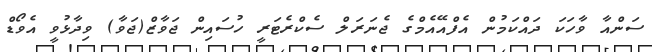
ސަންއާ ވާހަކަ ދައްކަމުން އެފްއޭއެމްގެ ޖެނަރަލް ސެކްރެޓަރީ ހުސައިން ޖަވާޒް(ޖަވާ) ވިދާޅުވީ އެވޯޑް